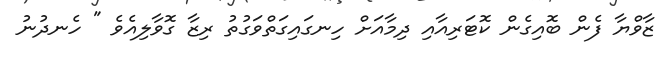
ޒާވްޔާ ފެން ބޮއިގެން ކޮޓަރިއާއި ދިމާއަށް ހިނގައިގަތްވަގުތު ރިޒާ ގޮވާލިއެވެ " ހެނދުނު